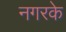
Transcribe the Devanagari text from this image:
नगरके